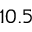
1 0 . 5